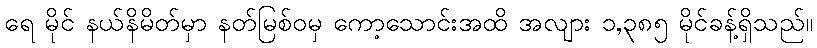
ရေ မိုင် နယ်နိမိတ်မှာ နတ်မြစ်ဝမှ ကော့သောင်းအထိ အလျား ၁,၃၈၅ မိုင်ခန့်ရှိသည်။